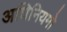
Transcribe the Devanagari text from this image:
अधिनियमो